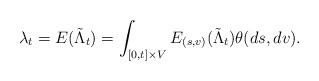
LaTeX: \begin{align*} {\lambda}_t=E(\tilde\Lambda_t)=\int_{[0,t]\times V}E_{(s,v)}(\tilde \Lambda _t)\theta(ds,dv).\end{align*}